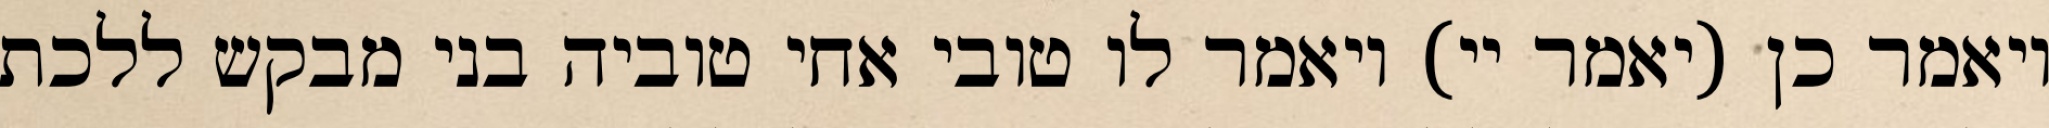
ויאמר כן (יאמר יי) ויאמר לו טובי אחי טוביה בני מבקש ללכת